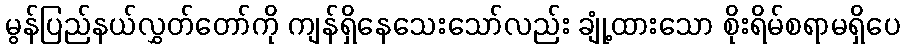
မွန်ပြည်နယ်လွှတ်တော်ကို ကျန်ရှိနေသေးသော်လည်း ချုံ့ထားသော စိုးရိမ်စရာမရှိပေ